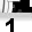
Digit: 1